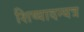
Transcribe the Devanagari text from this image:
शिष्यादन्यत्र